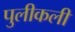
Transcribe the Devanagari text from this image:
पुलीकली